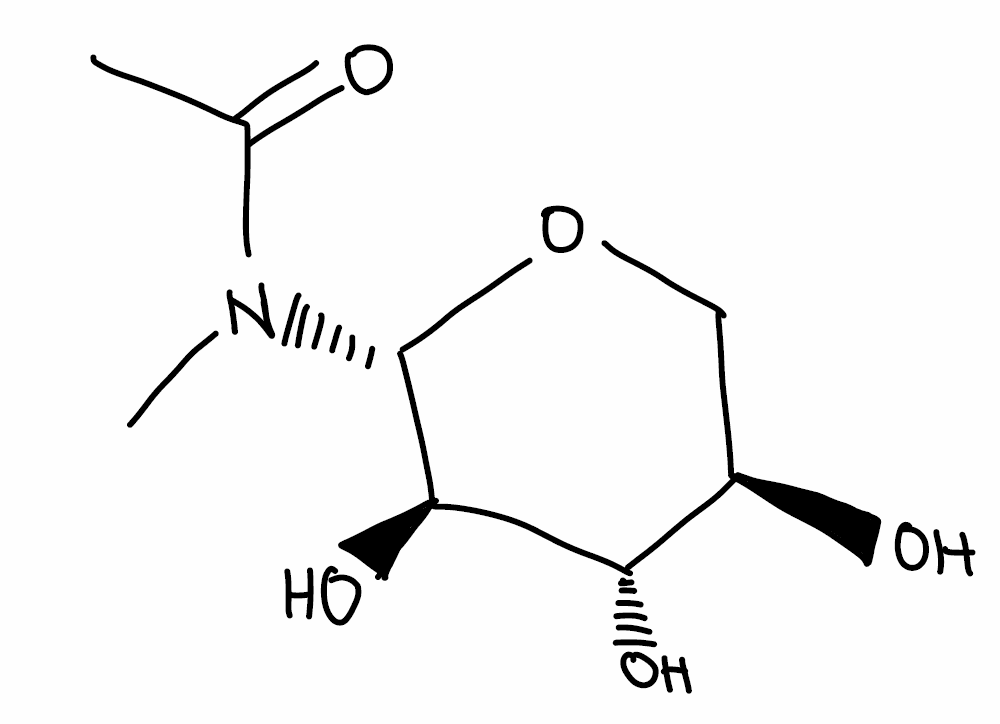
Simplified molecular-input line-entry system (SMILES) notation of the given molecule:
CC(=O)N(C)[C@H]1[C@@H]([C@H]([C@@H](CO1)O)O)O